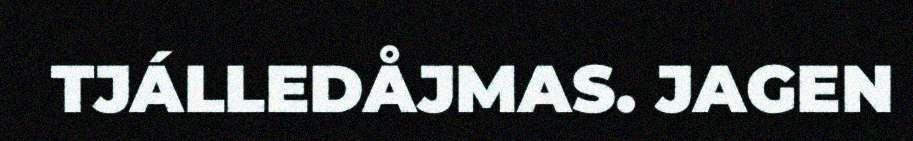
TJÁLLEDÅJMAS. JAGEN